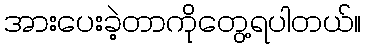
အားပေးခဲ့တာကိုတွေ့ရပါတယ်။